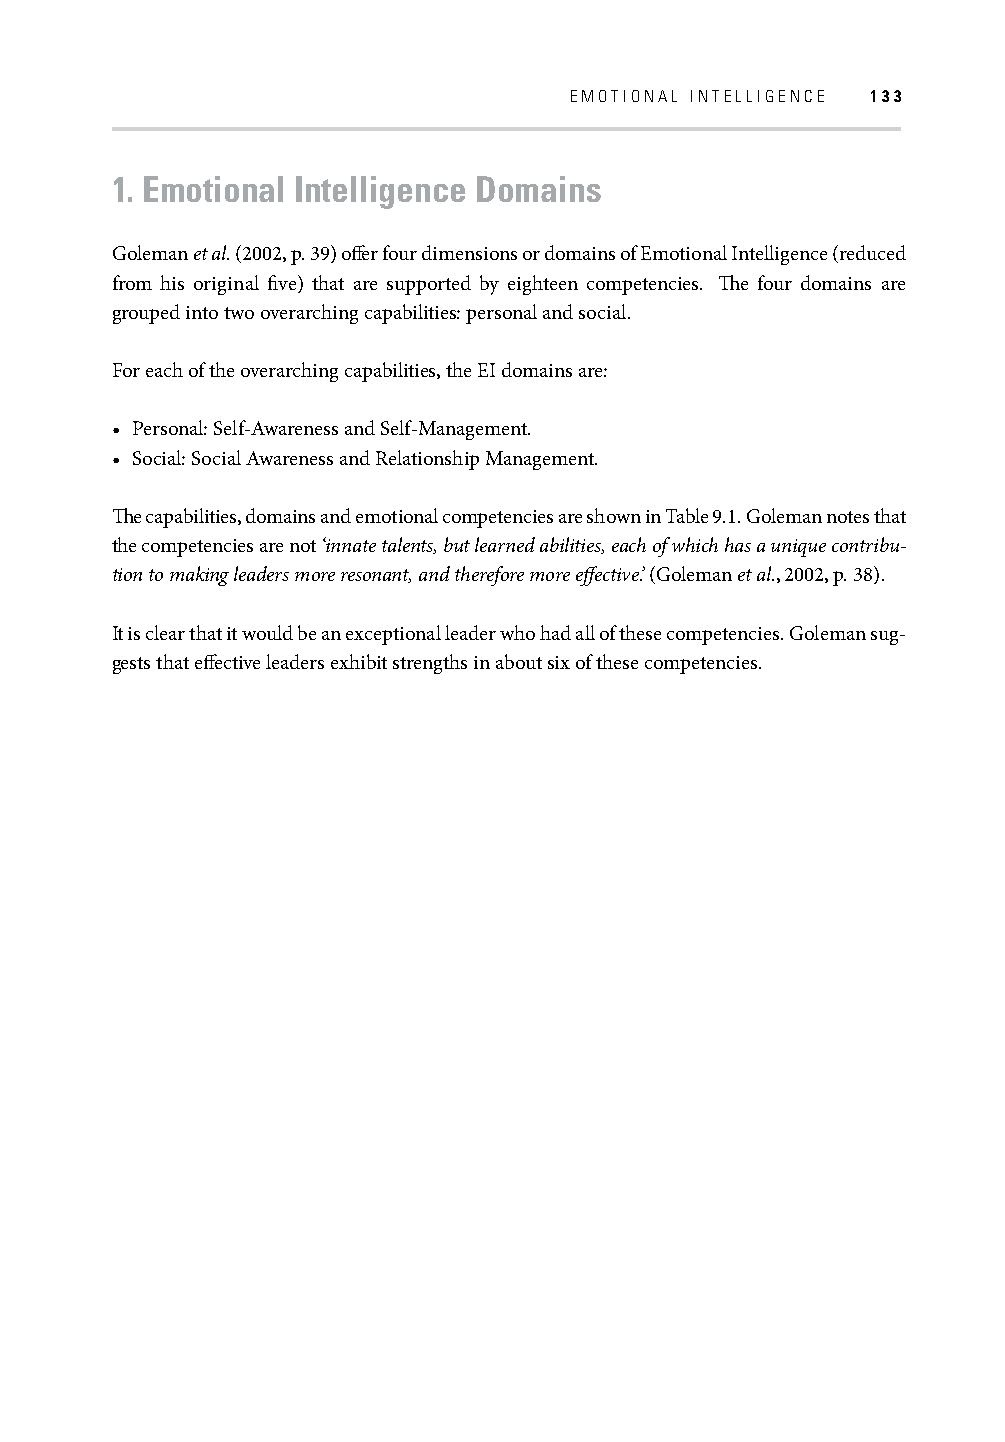
EMOTIONAL INTELLIGENCE 133
 1. Emotional Intelligence Domains
 Goleman et al. (2002, p. 39) off er four dimensions or domains of Emotional Intelligence (reduced
 from his original fi ve) that are supported by eighteen competencies. Th e four domains are
 grouped into two overarching capabilities: personal and social.
 For each of the overarching capabilities, the EI domains are:
 • Personal: Self-Awareness and Self-Management.
 • Social: Social Awareness and Relationship Management.
 Th e capabilities, domains and emotional competencies are shown in Table 9.1. Goleman notes that
 the competencies are not ‘innate talents, but learned abilities, each of which has a unique contribu-
 tion to making leaders more resonant, and therefore more eff ective.’ (Goleman et al., 2002, p. 38).
 It is clear that it would be an exceptional leader who had all of these competencies. Goleman sug-
 gests that eff ective leaders exhibit strengths in about six of these competencies.